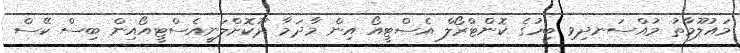
މައުލޫމާތު މުއްސަނދިވި ބިހުގެ ކޮންޓްރޯލް އެސްޓީއޯ އިން މާދަމާ ދޫކޮށްލަނީއެސްޓީއޯއިން ބިސް ކޭސް